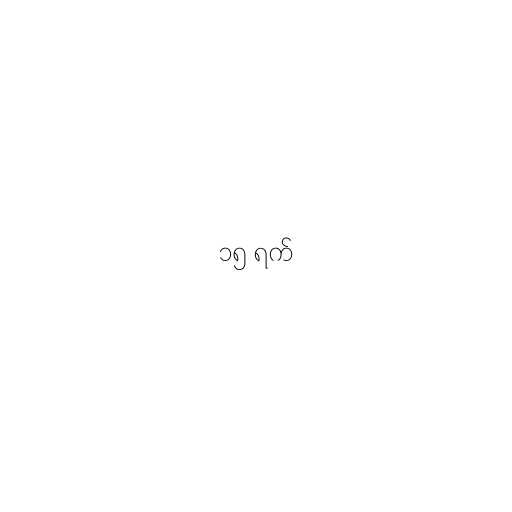
၁၅ ရက်